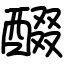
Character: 醊